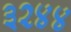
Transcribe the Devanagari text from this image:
३२४४